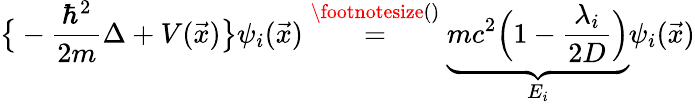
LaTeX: \big\{ -\frac{\hbar^{2}}{2m}\Delta+V(\vec{x})\big\} \psi_{i}(\vec{x})\overset{\footnotesize()}{=}\underbrace{mc^{2}\Big(1-\frac{\lambda_{i}}{2D}\Big)}_{E_{i}}\psi_{i}(\vec{x})